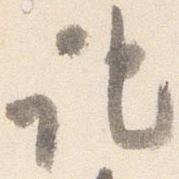
記